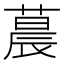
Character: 𬞀